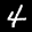
Label: 4